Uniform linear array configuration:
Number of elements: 12
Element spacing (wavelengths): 0.25
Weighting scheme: hamming
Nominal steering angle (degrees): -30
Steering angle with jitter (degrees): -30.361
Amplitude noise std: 0.05
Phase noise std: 0.05

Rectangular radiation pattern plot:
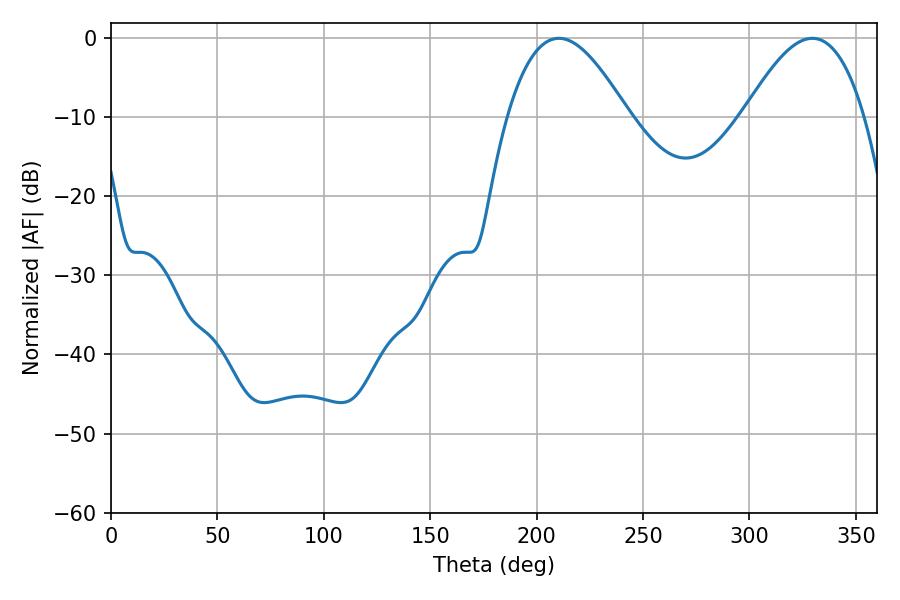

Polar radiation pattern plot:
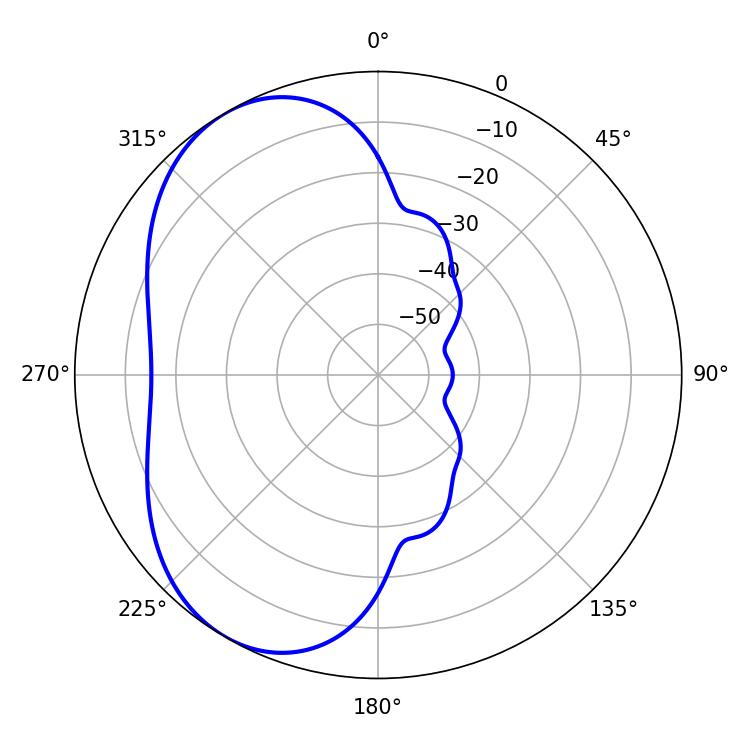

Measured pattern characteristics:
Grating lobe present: FALSE
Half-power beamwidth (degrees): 30.78
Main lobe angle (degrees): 210.42